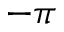
- \pi